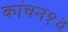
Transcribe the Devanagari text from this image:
कांचन१३